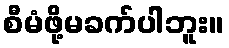
စီမံဖို့မခက်ပါဘူး။